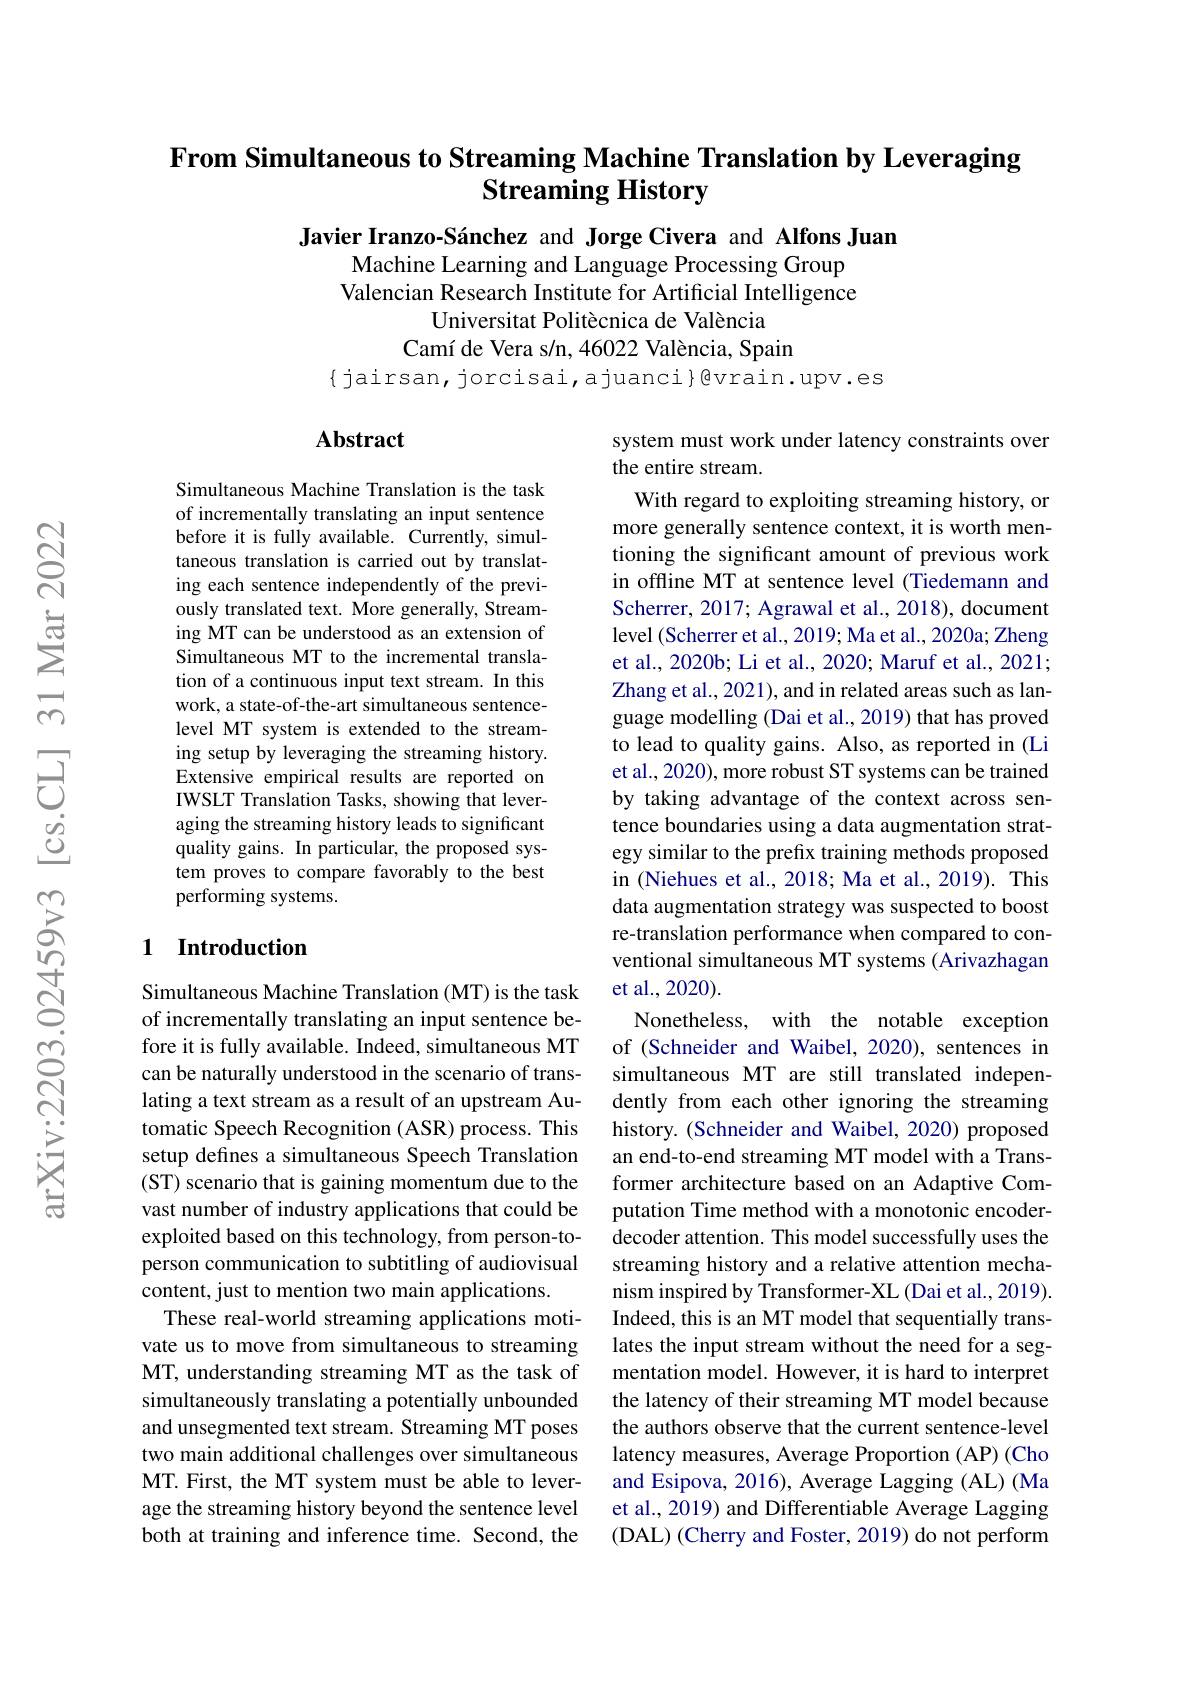
# From Simultaneous to Streaming Machine Translation by Leveraging Streaming History

Javier Iranzo-Sánchez and Jorge Civera and Alfons Juan
Machine Learning and Language Processing Group Valencian Research Institute for Artificial Intelligence
Universitat Politècnica de València
Camí de Vera s/n, 46022 València, Spain
$\{$jairsan, jorcisai,ajuanci{@vrain.upv.es

### $\mathbf{Abstract}$

system must work under latency constraints over
the entire stream.

Simultaneous Machine Translation is the task of incrementally translating an input sentence before it is fully available. Currently, simultaneous translation is carried out by translating each sentence independently of the previously translated text. More generally, Streaming MT can be understood as an extension of Simultaneous MT to the incremental translation of a continuous input text stream. In this work, a state-of-the-art simultaneous sentencelevel MT system is extended to the streaming setup by leveraging the streaming history. Extensive empirical results are reported on IWSLT Translation Tasks, showing that leveraging the streaming history leads to significant quality gains. In particular, the proposed system proves to compare favorably to the best performing systems.

## 1 Introduction

With regard to exploiting streaming history, or more generally sentence context, it is worth mentioning the significant amount of previous work in offline MT at sentence level (Tiedemann and Scherrer, 2017; Agrawal et al., 2018), document level (Scherrer et al., 2019; Ma et al., 2020a; Zheng et al., 2020b; Li et al., 2020; Maruf et al., 2021; Zhang et al., 2021), and in related areas such as language modelling (Dai et al., 2019) that has proved to lead to quality gains. Also, as reported in (Li et al., 2020), more robust ST systems can be trained by taking advantage of the context across sentence boundaries using a data augmentation strategy similar to the prefix training methods proposed in (Niehues et al., 2018; Ma et al., 2019). This data augmentation strategy was suspected to boost re-translation performance when compared to conventional simultaneous MT systems (Arivazhagan et al., 2020).
Nonetheless, with the notable exception of (Schneider and Waibel, 2020), sentences in simultaneous MT are still translated independently from each other ignoring the streaming history. (Schneider and Waibel, 2020) proposed an end-to-end streaming MT model with a Transformer architecture based on an Adaptive Computation Time method with a monotonic encoderdecoder attention. This model successfully uses the streaming history and a relative attention mechanism inspired by Transformer-XL (Dai et al., 2019). Indeed, this is an MT model that sequentially translates the input stream without the need for a segmentation model. However, it is hard to interpret the latency of their streaming MT model because the authors observe that the current sentence-level latency measures, Average Proportion (AP) (Cho and Esipova, 2016), Average Lagging (AL) (Ma et al., 2019) and Differentiable Average Lagging (DAL) (Cherry and Foster, 2019) do not perform

Simultaneous Machine Translation (MT) is the task of incrementally translating an input sentence before it is fully available. Indeed, simultaneous MT can be naturally understood in the scenario of translating a text stream as a result of an upstream Automatic Speech Recognition (ASR) process. This setup defines a simultaneous Speech Translation (ST) scenario that is gaining momentum due to the vast number of industry applications that could be exploited based on this technology, from person-toperson communication to subtitling of audiovisual content, just to mention two main applications.
These real-world streaming applications motivate us to move from simultaneous to streaming MT, understanding streaming MT as the task of simultaneously translating a potentially unbounded and unsegmented text stream. Streaming MT poses two main additional challenges over simultaneous MT. First, the MT system must be able to leverage the streaming history beyond the sentence level both at training and inference time. Second, the